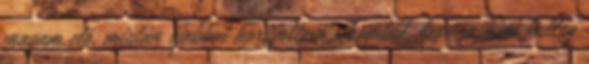
magam elé, miután újabbat kortyoltam sörömből, lesve miként kullog